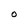
Character: O